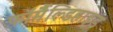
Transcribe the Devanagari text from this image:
फॉर्मैंल्डिहाइड